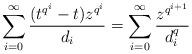
LaTeX: \begin{align*} \sum_{i=0}^{\infty} \frac{(t^{q^i}-t)z^{q^i}}{d_i}= \sum_{i=0}^{\infty} \frac{ z^{q^{i+1}}}{d_i^q} \end{align*}